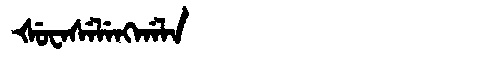
Manchu: ᡧᡠᠸᠠᠰᡝᠯᡝᠩᡤᠠᠯᠠ
Romanization: ŠUWASELENGGALA